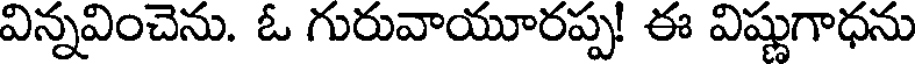
విన్నవించెను. ఓ గురువాయూరప్ప! ఈ విష్ణుగాధను